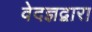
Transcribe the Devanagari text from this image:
वेदज्ञद्वारा